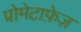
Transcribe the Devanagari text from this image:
प्रोमेटाफ़ेज़